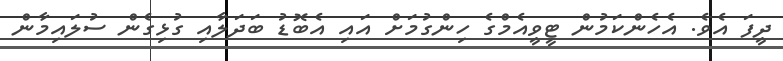
ދީފަ އެވެ. އެހެންކަމުން ޓީވީއެމްގެ ހިންގުމަށް އައި އެބޮޑު ބަދަލާއި ގުޅިގެން ސުލައިމާން